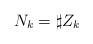
LaTeX: \begin{align*}N_k=\sharp Z_k\end{align*}